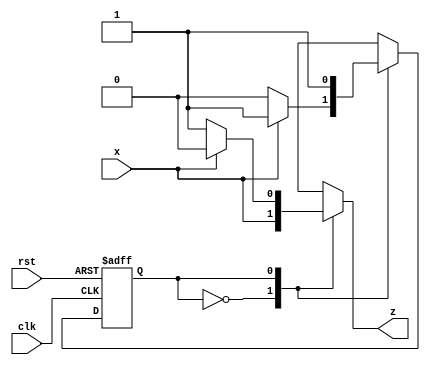
`timescale 1ns / 1ps
//////////////////////////////////////////////////////////////////////////////////
// Company: 
// Engineer: 
// 
// Design Name: 
// Module Name:    twos_complement 
// Project Name: 
// Target Devices: 
// Tool versions: 
// Description: 
//
// Dependencies: 
//
// Revision: 
// Revision 0.01 - File Created
// Additional Comments: 
//
//////////////////////////////////////////////////////////////////////////////////

// Assignment number - 5
// Problem number - 2 (source file)
// Semester - 5 (Aut 2021)
// Group number - 5
// Group Member 1 - Suryam Arnav Kalra (19CS30050)
// Group Member 2 - Kunal Singh (19CS30025)

module twos_complement(x, clk, rst, z);
	input x, clk, rst;
	output reg z;
	parameter S0 = 0, S1 = 1;
	reg PS, NS;
	always @(posedge clk or posedge rst) begin
	// this is to make present state = S0 if reset else present state = next computed state 
		if(rst)
			PS <= S0;
		else
			PS <= NS;
	end
	
	// output logic
	always @(*) begin
		case (PS)
			S0: begin
			// at state S0 whatever we see as input we give as ouput
				z = x;
			end
			S1: begin
			// at state S1 the output is just opposite of what we have in input
				z = (x) ? 0 : 1;
			end
		endcase
	end
	
	// next state logic
	
	always @(*) begin
		case (PS)
			S0: begin
			// if the present state is S0 then the next state is based on input
				NS = (x) ? S1: S0;
				
			end
			S1: begin
			// if the present state is S1 then the next state is always S1 no matter what the input we get afterwards
				NS = S1;
				
			end
		endcase
	end
endmodule